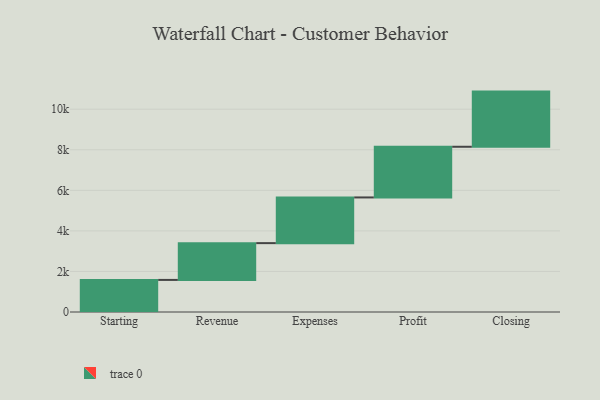
{"axis": {"x": "Step", "y": "Value"}, "legend": [""], "data": [{"x": "Starting", "y": 1582.0, "type": ""}, {"x": "Revenue", "y": 1814.0, "type": ""}, {"x": "Expenses", "y": 2253.0, "type": ""}, {"x": "Profit", "y": 2499.0, "type": ""}, {"x": "Closing", "y": 2720.0, "type": ""}]}